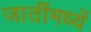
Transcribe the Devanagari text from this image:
जातींमध्यें